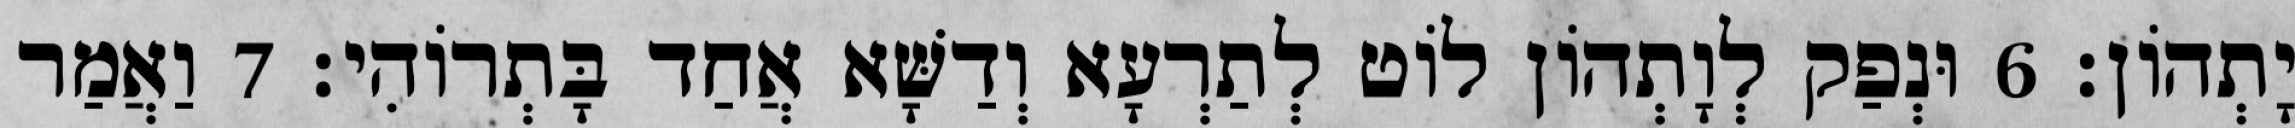
יָתְהוֹן׃ 6 וּנְפַק לְוָתְהוֹן לוֹט לְתַרְעָא וְדַשָּׁא אֲחַד בָּתְרוֹהִי׃ 7 וַאֲמַר